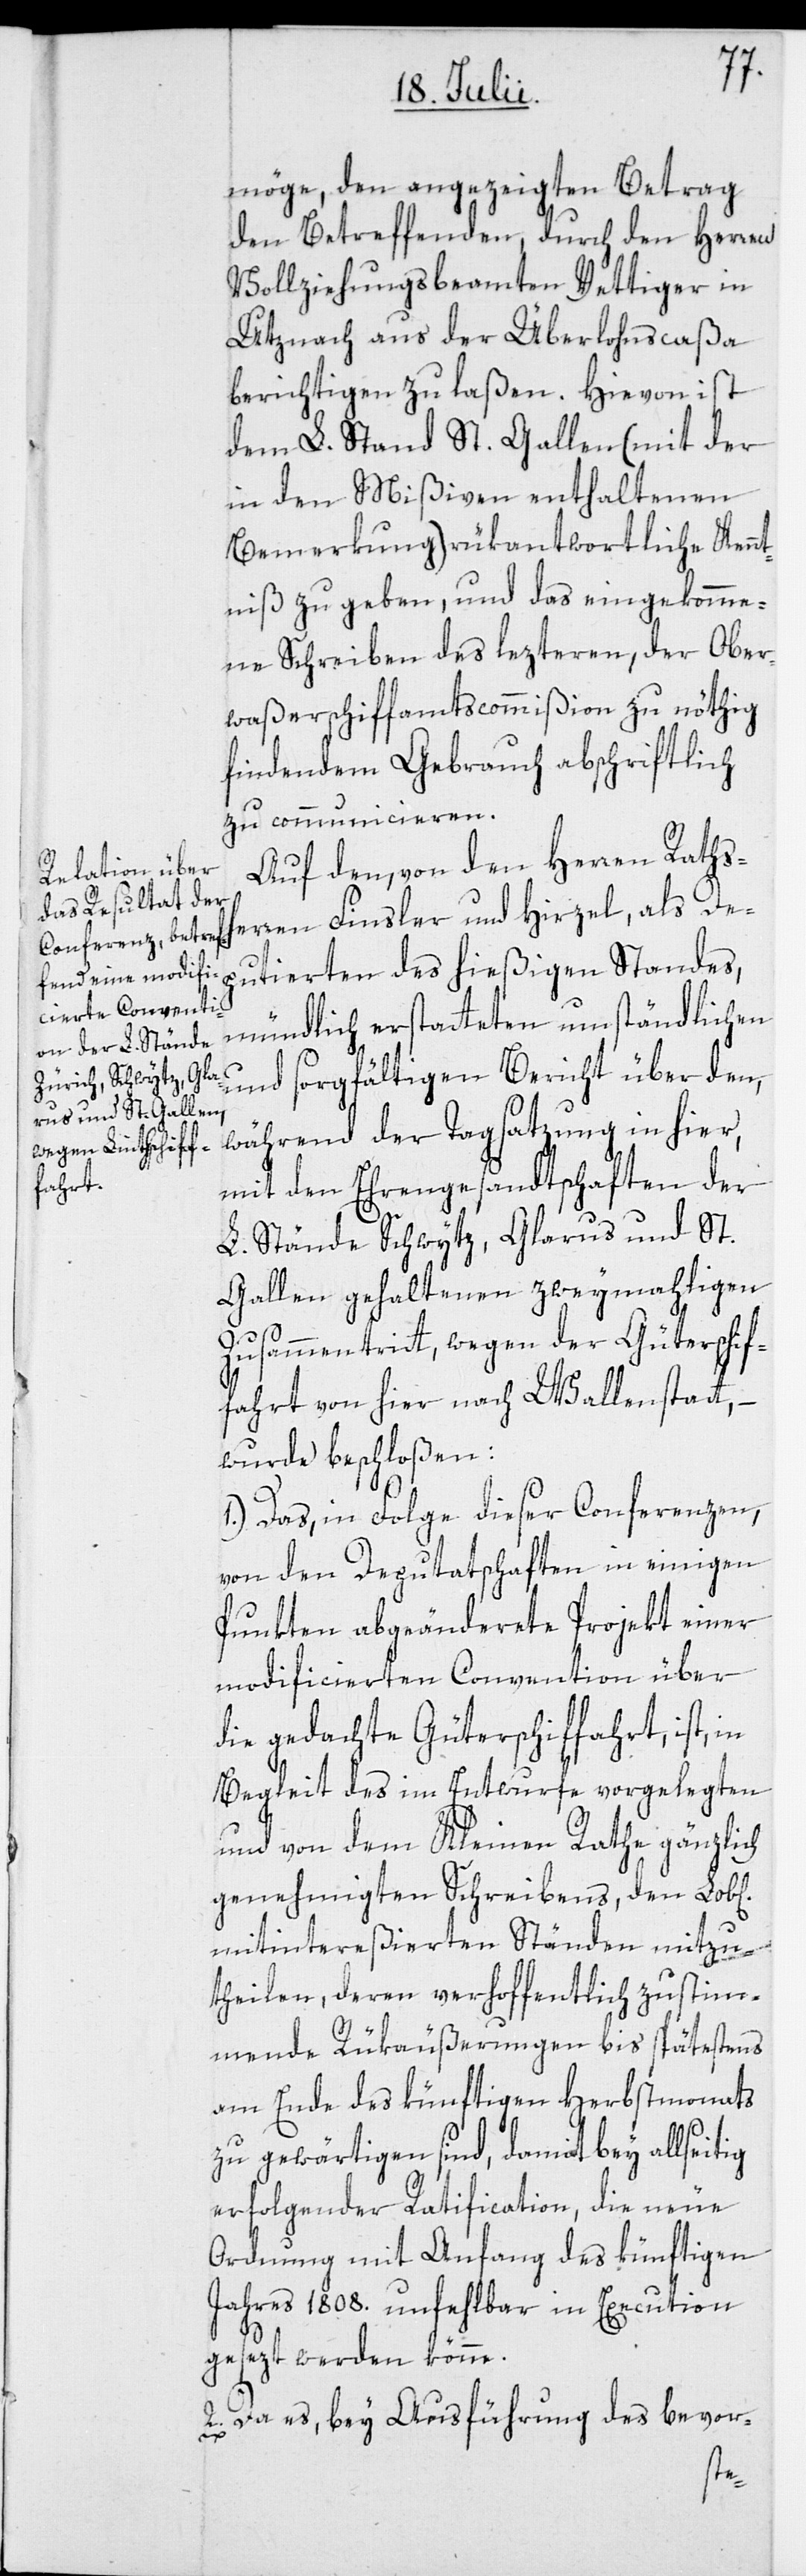
möge, den angezeigten Betrag
den Betreffenden, durch den Herren
Vollziehungsbeamten Vettiger in
Utznach aus der Überlohnscaßa
berichtigen zu laßen. Hievon ist
dem L. Stand St. Gallen (mit der
in den Mißiven enthaltenen
Bemerkung) rükantwortliche Kennt¬
niß zu geben, und das eingekomme¬
ne Schreiben des lezteren, der Ober¬
waßerschiffamtscommißion zu nöthig
findendem Gebrauch abschriftlich
zu communicieren.
Auf den, von den Herren Rathsh¬
erren Finsler und Hirzel, als De¬
putierten des hießigen Standes,
mündlich erstatteten umständlichen
und sorgfältigen Bericht über den,
während der Tagsatzung in hier,
mit den Ehrengesandtschaften der
L. Stände Schwytz, Glarus und St.
Gallen gehaltenen zweymahligen
Zusammentritt, wegen der Güterschif¬
fahrt von hier nach Wallenstatt, –
wurde beschloßen:
1. Das, in Folge dieser Conferenzen,
von den Deputatschaften in einigen
Punkten abgeänderete Projekt einer
modificierten Convention über
die gedachte Güterschiffahrt, ist,
Begleit des im Entwurfe vorgelegten
und von dem Kleinen Rathe gänzlich
genehmigten Schreibens, den Lob[l¬
mitintereßierten Ständen mitzu¬
theilen, deren verhoffentlich zustim¬
mende Rükäußerungen bis spätestens
am Ende des künftigen Herbstmonats
zu gewärtigen sind, damit bey allseitig
erfolgender Ratification, die neue
Ordnung mit Anfang des künftigen
Jahres 1808. unfehlbar in Execution
gesezt werden könne.
2. Da es, bey Ausführung des bevor-
ichen]